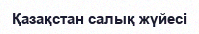
Қазақстан салық жүйесі